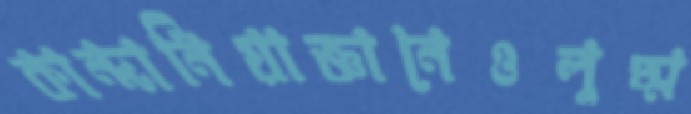
কান্দানিয়াজ্ঞানেওলুত্ম